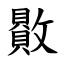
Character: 贁